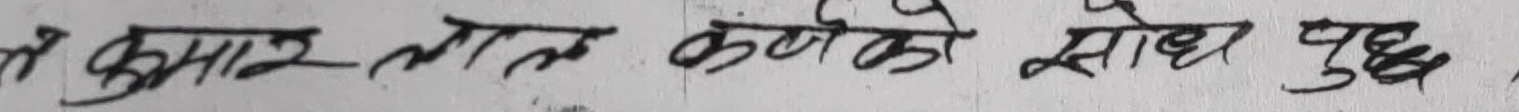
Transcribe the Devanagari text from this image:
लै कुमार लाल कंको सोध पुछ ।